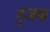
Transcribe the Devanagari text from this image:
गुंजक